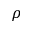
\rho